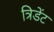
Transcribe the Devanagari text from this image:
त्रिडेंट